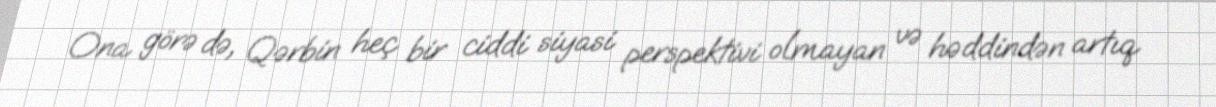
Ona görə də, Qərbin heç bir ciddi siyasi perspektivi olmayan və həddindən artıq